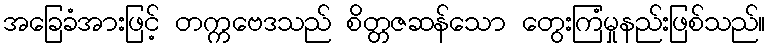
အခြေခံအားဖြင့် တက္ကဗေဒသည် စိတ္တဇဆန်သော တွေးကြံမှုနည်းဖြစ်သည်။